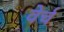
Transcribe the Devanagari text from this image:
वेर्च